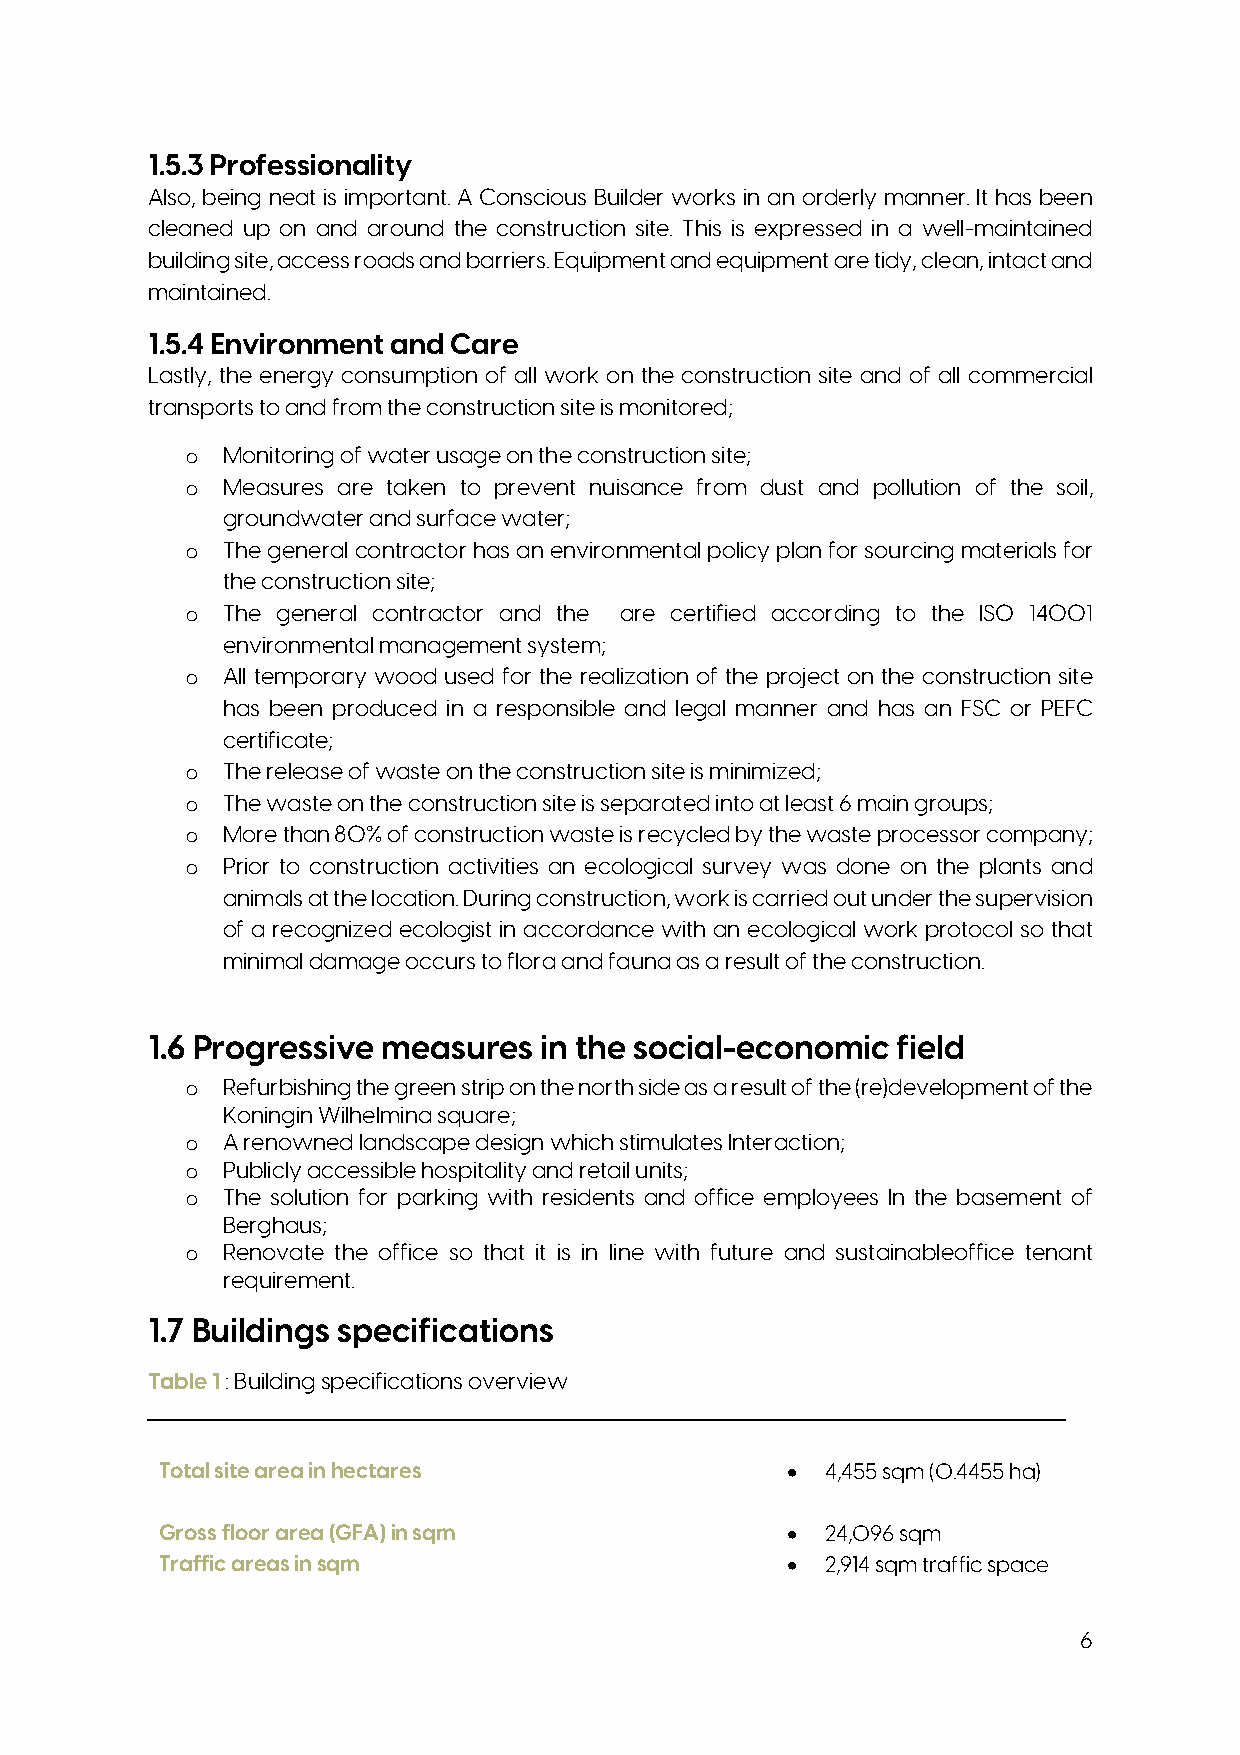
1.5.3 Professionality
 Also, being neat is important. A Conscious Builder works in an orderly manner. It has been
 cleaned up on and around the construction site. This is expressed in a well-maintained
 building site, access roads and barriers. Equipment and equipment are tidy, clean, intact and
 maintained.
 1.5.4 Environment and Care
 Lastly, the energy consumption of all work on the construction site and of all commercial
 transports to and from the construction site is monitored;
 o  Monitoring of water usage on the construction site;
 o  Measures are taken to prevent nuisance from dust and pollution of the soil,
 groundwater and surface water;
 o  The general contractor has an environmental policy plan for sourcing materials for
 the construction site;
 o  The general contractor and the are certified according to the ISO 14001
 environmental management system;
 o  All temporary wood used for the realization of the project on the construction site
 has been produced in a responsible and legal manner and has an FSC or PEFC
 certificate;
 o  The release of waste on the construction site is minimized;
 o  The waste on the construction site is separated into at least 6 main groups;
 o  More than 80% of construction waste is recycled by the waste processor company;
 o  Prior to construction activities an ecological survey was done on the plants and
 animals at the location. During construction, work is carried out under the supervision
 of a recognized ecologist in accordance with an ecological work protocol so that
 minimal damage occurs to flora and fauna as a result of the construction.
 1.6 Progressive measures  in the social-economic field
 o  Refurbishing the green strip on the north side as a result of the (re)development of the
 Koningin Wilhelmina square;
 o  A renowned landscape design which stimulates Interaction;
 o  Publicly accessible hospitality and retail units;
 o  The solution for parking with residents and office employees In the basement of
 Berghaus;
 o  Renovate the office so that it is in line with future and sustainableoffice tenant
 requirement.
 1.7 Buildings specifications
 Table 1 : Building specifications overview
 Total site area in hectares              •  4,455 sqm (0.4455 ha)
 Gross floor area (GFA) in sqm            •  24,096 sqm
 Traffic areas in sqm                     •  2,914 sqm traffic space
 6